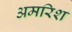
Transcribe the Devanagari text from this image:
अमरिश